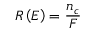
R \left( E \right) = \frac { n _ { c } } { F }